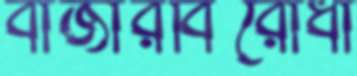
বাজারবিরোধী